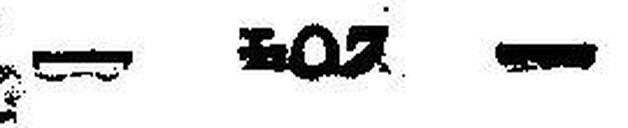
— 204 —